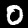
Label: 0